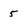
Character: 5